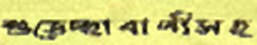
শুভেচ্ছাবাণীসহ